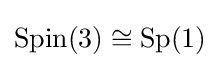
\operatorname {Spin} (3)\cong \operatorname {Sp} (1)